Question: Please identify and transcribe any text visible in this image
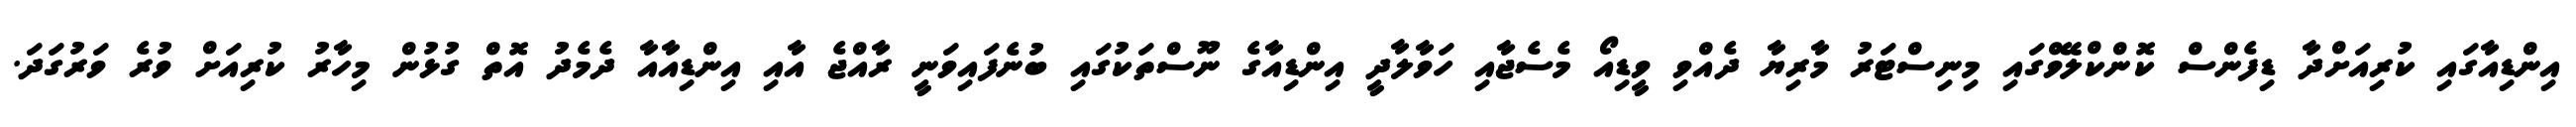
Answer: އިންޑިއާގައި ކުރިއަށްދާ ޑިފެންސް ކޮންކްލޭވްގައި މިނިސްޓަރު މާރިޔާ ދެއްވި ވީޑިއޯ މެސެޖާއި ހަވާލާދީ އިންޑިއާގެ ނޫސްތަކުގައި ބުނެފައިވަނީ ރާއްޖެ އާއި އިންޑިއާއާ ދެމެދު އޮތް ގުޅުން މިހާރު ކުރިއަށް ވުރެ ވަރުގަދަ.